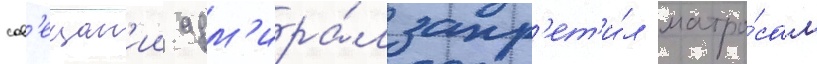
сов'ещан'ии адм'ира́л запр'ет'и́л матро́сам